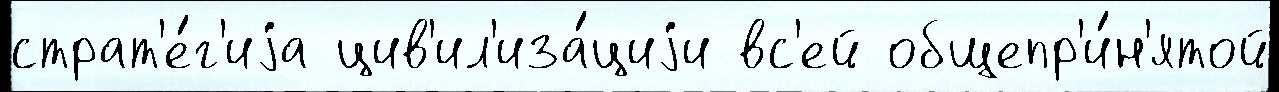
страт'е́г'иjа цив'ил'иза́циjи вс'ей общепр'и́н'ятой